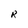
Character: R